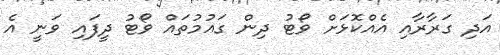
އަދި ގަރާރާއި އެއްކޮޅަށް ވޯޓު ދިން ގައުމުތައް ވޯޓު ދީފައި ވަނީ އެ